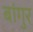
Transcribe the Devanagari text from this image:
बांगुर